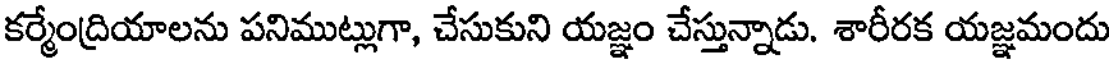
కర్మేంద్రియాలను పనిముట్లుగా, చేసుకుని యజ్ఞం చేస్తున్నాడు. శారీరక యజ్ఞమందు